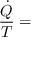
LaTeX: { \frac { \dot { Q } } { T } } = { }